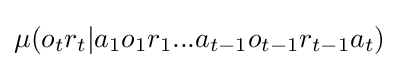
\mu (o_{t}r_{t}|a_{1}o_{1}r_{1}...a_{t-1}o_{t-1}r_{t-1}a_{t})